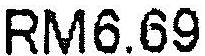
RM6.69